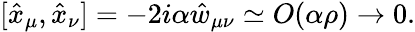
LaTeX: [\hat{x}_{\mu},\hat{x}_{\nu}]=-2i\alpha\hat{w}_{\mu\nu}\simeq O(\alpha\rho)\rightarrow 0.